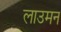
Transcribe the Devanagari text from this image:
लाउमन